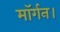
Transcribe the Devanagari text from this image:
मॉर्गन।